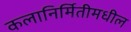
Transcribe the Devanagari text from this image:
कलानिर्मितीमधील